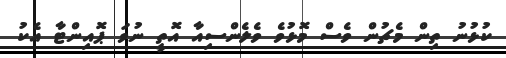
ކުޅުނު ތިން މެޗުން ވެސް މޮޅުވެ ވެލެންސިއާ އޮތީ ނުވަ ޕޮއިންޓާ އެކު